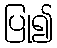
ပြု၍